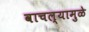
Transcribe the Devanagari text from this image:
वाचल्यामुळे